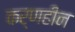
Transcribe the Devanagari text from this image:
कर्णहीन